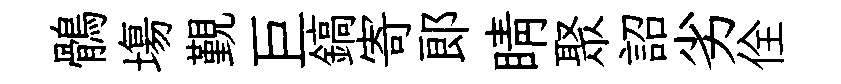
鶻塲覲巨鎬寄郎睛聚詔劣佺